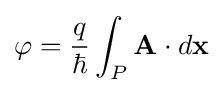
\varphi ={\frac {q}{\hbar }}\int _{P}\mathbf {A} \cdot d\mathbf {x}